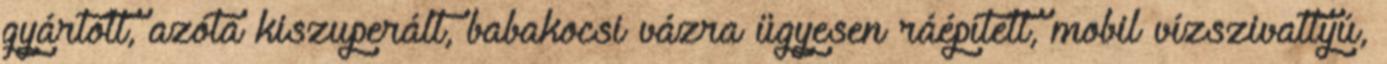
gyártott, azóta kiszuperált, babakocsi vázra ügyesen ráépített, mobil vízszivattyú,